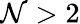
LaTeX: \mathcal{N}>2